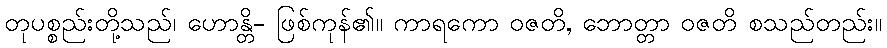
တုပစ္စည်းတို့သည်၊ ဟောန္တိ- ဖြစ်ကုန်၏။ ကာရကော ဝဇတိ, ဘောတ္တာ ဝဇတိ စသည်တည်း။